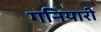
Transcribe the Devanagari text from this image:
गनियारी